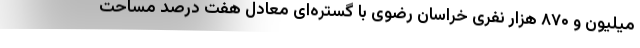
میلیون و ۸۷۰ هزار نفری خراسان رضوی با گستره‌ای معادل هفت درصد مساحت